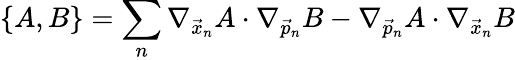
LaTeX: \{ A,B\} =\sum_{n}\nabla_{\vec{x}_{n}}A\cdot\nabla_{\vec{p}_{n}}B-\nabla_{\vec{p}_{n}}A\cdot\nabla_{\vec{x}_{n}}B